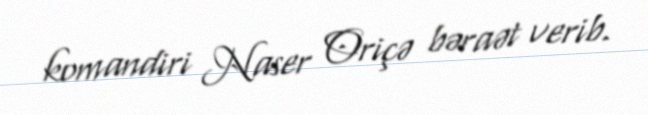
komandiri Naser Oriçə bəraət verib.